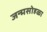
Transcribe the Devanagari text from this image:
जन्मसोहळा